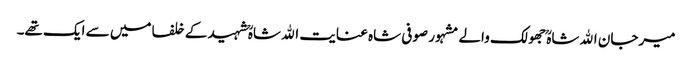
میرجان اﷲ شاہؒ جھولک والے مشہور صوفی شاہ عنایت اﷲ شاہؒ شہید کے خلفا میں سے ایک تھے۔